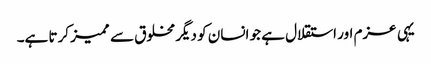
یہی عزم اور استقلال ہے جو انسان کو دیگر مخلوق سے ممیز کرتا ہے۔